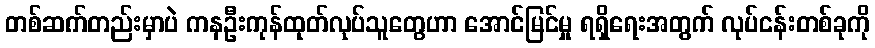
တစ်ဆက်တည်းမှာပဲ ကနဦးကုန်ထုတ်လုပ်သူတွေဟာ အောင်မြင်မှု ရရှိရေးအတွက် လုပ်ငန်းတစ်ခုကို